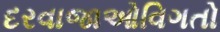
દરવાજાઓવિગતો